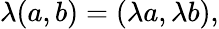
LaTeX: \lambda(a,b)=(\lambda a,\lambda b),